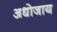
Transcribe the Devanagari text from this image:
अधोजाय